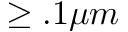
\geq . 1 \mu m